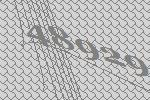
48929